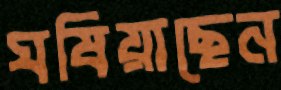
ঘষিয়াছেন